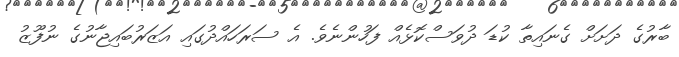
ބާރުގެ ދަށަށް ގެނައިތާ ކުޑަ ދުވަސްކޮޅެއް ފަހުންނެވެ. އެ ސަރަހައްދުގައި އަޒަރުބައިޖާނުގެ ނުފޫޒު